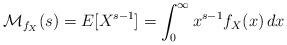
LaTeX: \begin{align*}\mathcal{M}_{f_X}(s)=E[X^{s-1}]=\int_0^{\infty}x^{s-1}f_X(x)\,dx\end{align*}